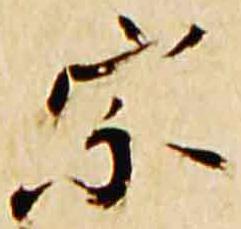
宗